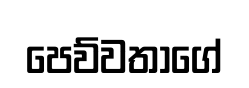
පෙව්වතාගේ